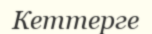
Кеттерге